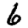
Digit: 6